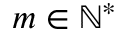
m \in \mathbb { N } ^ { * }